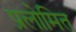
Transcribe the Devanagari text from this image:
प्रलोमित